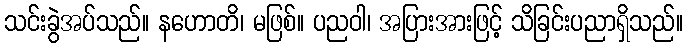
သင်းခွဲအပ်သည်။ နဟောတိ၊ မဖြစ်။ ပညဝါ၊ အပြားအားဖြင့် သိခြင်းပညာရှိသည်။